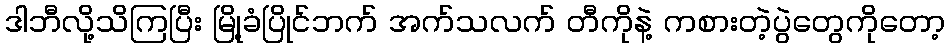
ဒါဘီလို့သိကြပြီး မြို့ခံပြိုင်ဘက် အက်သလက် တီကိုနဲ့ ကစားတဲ့ပွဲတွေကိုတော့